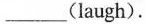
___(laugh).